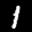
Label: 1